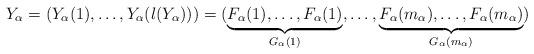
LaTeX: \begin{align*} Y_\alpha = (Y_\alpha(1),\dots,Y_\alpha(l(Y_\alpha))) = ( \underbrace{F_\alpha(1), \dots, F_\alpha(1)}_{G_\alpha(1) }, \dots, \underbrace{F_\alpha(m_\alpha), \dots, F_\alpha(m_\alpha)}_{G_\alpha(m_\alpha) }) \end{align*}